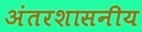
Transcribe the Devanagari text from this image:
अंतरशासनीय